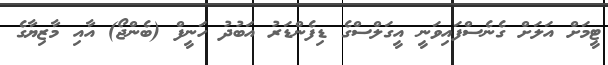
ޓީމަށް އަލަށް ގެނެސްފައިވަނީ އީގަލްސްގެ ޑިފެންޑަރު އަބުދު ހަނީފް (ބެންޖޯ) އާއި މާޒިޔާގެ